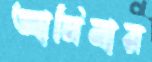
আমিনার